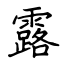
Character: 露